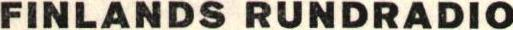
FINLANDS RUNDRADIO